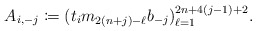
\begin{align*} A_{i,-j}\coloneqq(t_im_{2(n+j)-\ell}b_{-j})_{\ell=1}^{2n+4(j-1)+2}.\end{align*}